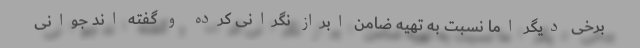
برخی دیگر اما نسبت به تهیه ضامن ابراز نگرانی کرده و گفته اند جوانی